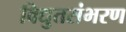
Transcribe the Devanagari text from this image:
विद्युतसंभरण